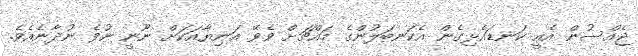
ޖެއްސުން އެއީ ކަނޑައެޅިގެން އެކަނބަލުންގެ މައްޗަށް ވެވޭ އަނިޔާއަކަށް ނޫނީ ނުވެ ނުދާނެއެވެ.